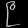
Digit: ၉